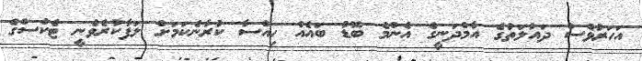
އަހަރުވެސް ދައުލަތުގެ އާމްދަނީގެ އެންމެ ބޮޑު ބައެއް ހިއްސާ ކުރާނެކަމަށް ލަފާކުރެވެނީ ޓެކްސްގެ